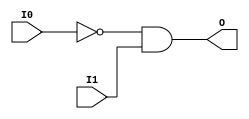
// $Header: /devl/xcs/repo/env/Databases/CAEInterfaces/verunilibs/s/AND2B1.v,v 1.8.22.1 2003/11/18 20:41:33 wloo Exp $

/*

FUNCTION	: 2-INPUT AND GATE

*/

`timescale  100 ps / 10 ps


module AND2B1 (O, I0, I1);

    output O;

    input  I0, I1;

    not N0 (i0_inv, I0);
    and A1 (O, i0_inv, I1);

    specify
	(I0 *> O) = (0, 0);
	(I1 *> O) = (0, 0);
    endspecify

endmodule